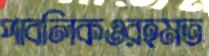
পাবলিকওরহমত